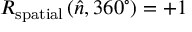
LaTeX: R _ { \mathrm { s p a t i a l } } \left( { \hat { n } } , 3 6 0 ^ { \circ } \right) = + 1